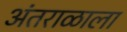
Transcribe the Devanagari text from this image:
अंतराळाला